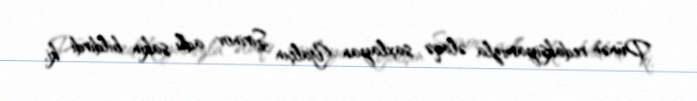
Dünən redaksiyamızla əlaqə saxlayan Yalçın Şirinov adlı sakin bildirdi ki,